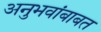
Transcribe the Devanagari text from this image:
अनुभवांबाबत